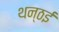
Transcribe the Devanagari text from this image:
थन्ठई